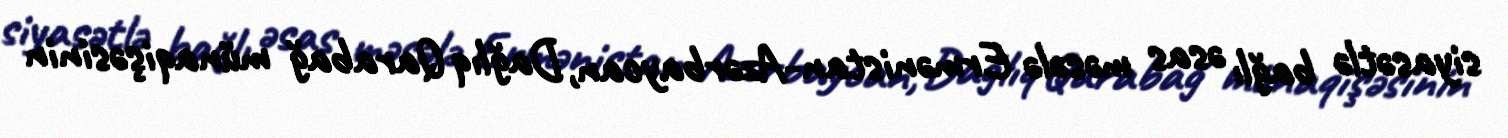
siyasətlə bağlı əsas məsələ Ermənistan-Azərbaycan, Dağlıq Qarabağ münaqişəsinin